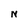
Character: N